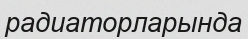
радиаторларында